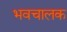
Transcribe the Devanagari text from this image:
भवचालक